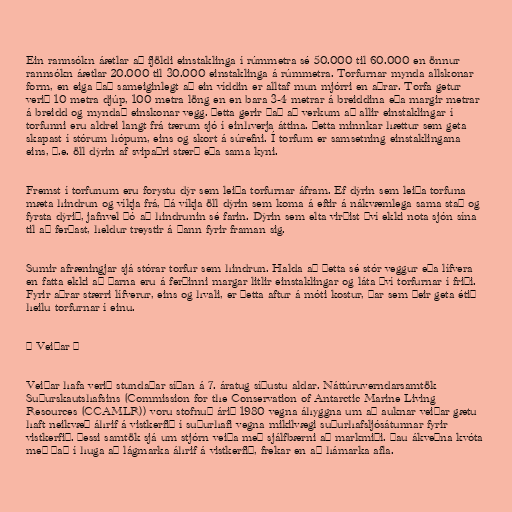
Ein rannsókn áætlar að fjöldi einstaklinga í rúmmetra sé 50.000 til 60.000 en önnur
rannsókn áætlar 20.000 til 30.000 einstaklinga á rúmmetra. Torfurnar mynda allskonar
form, en eiga það sameiginlegt að ein víddin er alltaf mun mjórri en aðrar. Torfa getur
verið 10 metra djúp, 100 metra löng en en bara 3-4 metrar á breiddina eða margir metrar
á breidd og myndað einskonar vegg. Þetta gerir það að verkum að allir einstaklingar í
torfunni eru aldrei langt frá tærum sjó í einhverja áttina. Þetta minnkar hættur sem geta
skapast í stórum hópum, eins og skort á súrefni. Í torfum er samsetning einstaklingana
eins, þ.e. öll dýrin af svipaðri stærð eða sama kyni.

Fremst í torfunum eru forystu dýr sem leiða torfurnar áfram. Ef dýrin sem leiða torfuna
mæta hindrun og víkja frá, þá víkja öll dýrin sem koma á eftir á nákvæmlega sama stað og
fyrsta dýrið, jafnvel þó að hindrunin sé farin. Dýrin sem elta virðist því ekki nota sjón sína
til að ferðast, heldur treystir á þann fyrir framan sig.

Sumir afræningjar sjá stórar torfur sem hindrun. Halda að þetta sé stór veggur eða lífvera
en fatta ekki að þarna eru á ferðinni margar litlir einstaklingar og láta því torfurnar í friði.
Fyrir aðrar stærri lífverur, eins og hvali, er þetta aftur á móti kostur, þar sem þeir geta étið
heilu torfurnar í einu.

= Veiðar =

Veiðar hafa verið stundaðar síðan á 7. áratug síðustu aldar. Náttúruverndarsamtök
Suðurskautshafsins (Commission for the Conservation of Antarctic Marine Living
Resources (CCAMLR)) voru stofnuð árið 1980 vegna áhyggna um að auknar veiðar gætu
haft neikvæð áhrif á vistkerfið í suðurhafi vegna mikilvægi suðurhafsljósátunnar fyrir
vistkerfið. Þessi samtök sjá um stjórn veiða með sjálfbærni að markmiði. Þau ákveðna kvóta
með það í huga að lágmarka áhrif á vistkerfið, frekar en að hámarka afla.